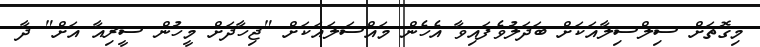
މިގޮތަށް ސިލްސިލާއަކަށް ބަދަލުވެފައިވާ އެހެން މައްސަލައަކަށް "ޖިހާދަށް މީހުން ސީރިއާ އަށް" ދާ